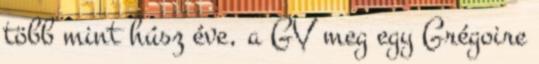
több mint húsz éve, a GV meg egy Grégoire